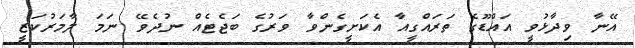
އޭނާ ވިދާޅުވީ އައްޑޫގެ ތަރައްގީއާ އެކަށީގެންވާ ވަރުގެ ބަޖެޓެއް ނުދެވޭ ނަމަ ލާމަރުކަޒީ